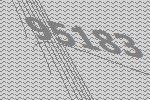
95183